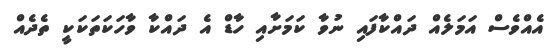
އެއްވެސް އަމަލެއް ދައްކާފައި ނުވާ ކަމަށާއި ހާޑް އެ ދައްކާ ވާހަކަތަކަކީ ތެދެއް